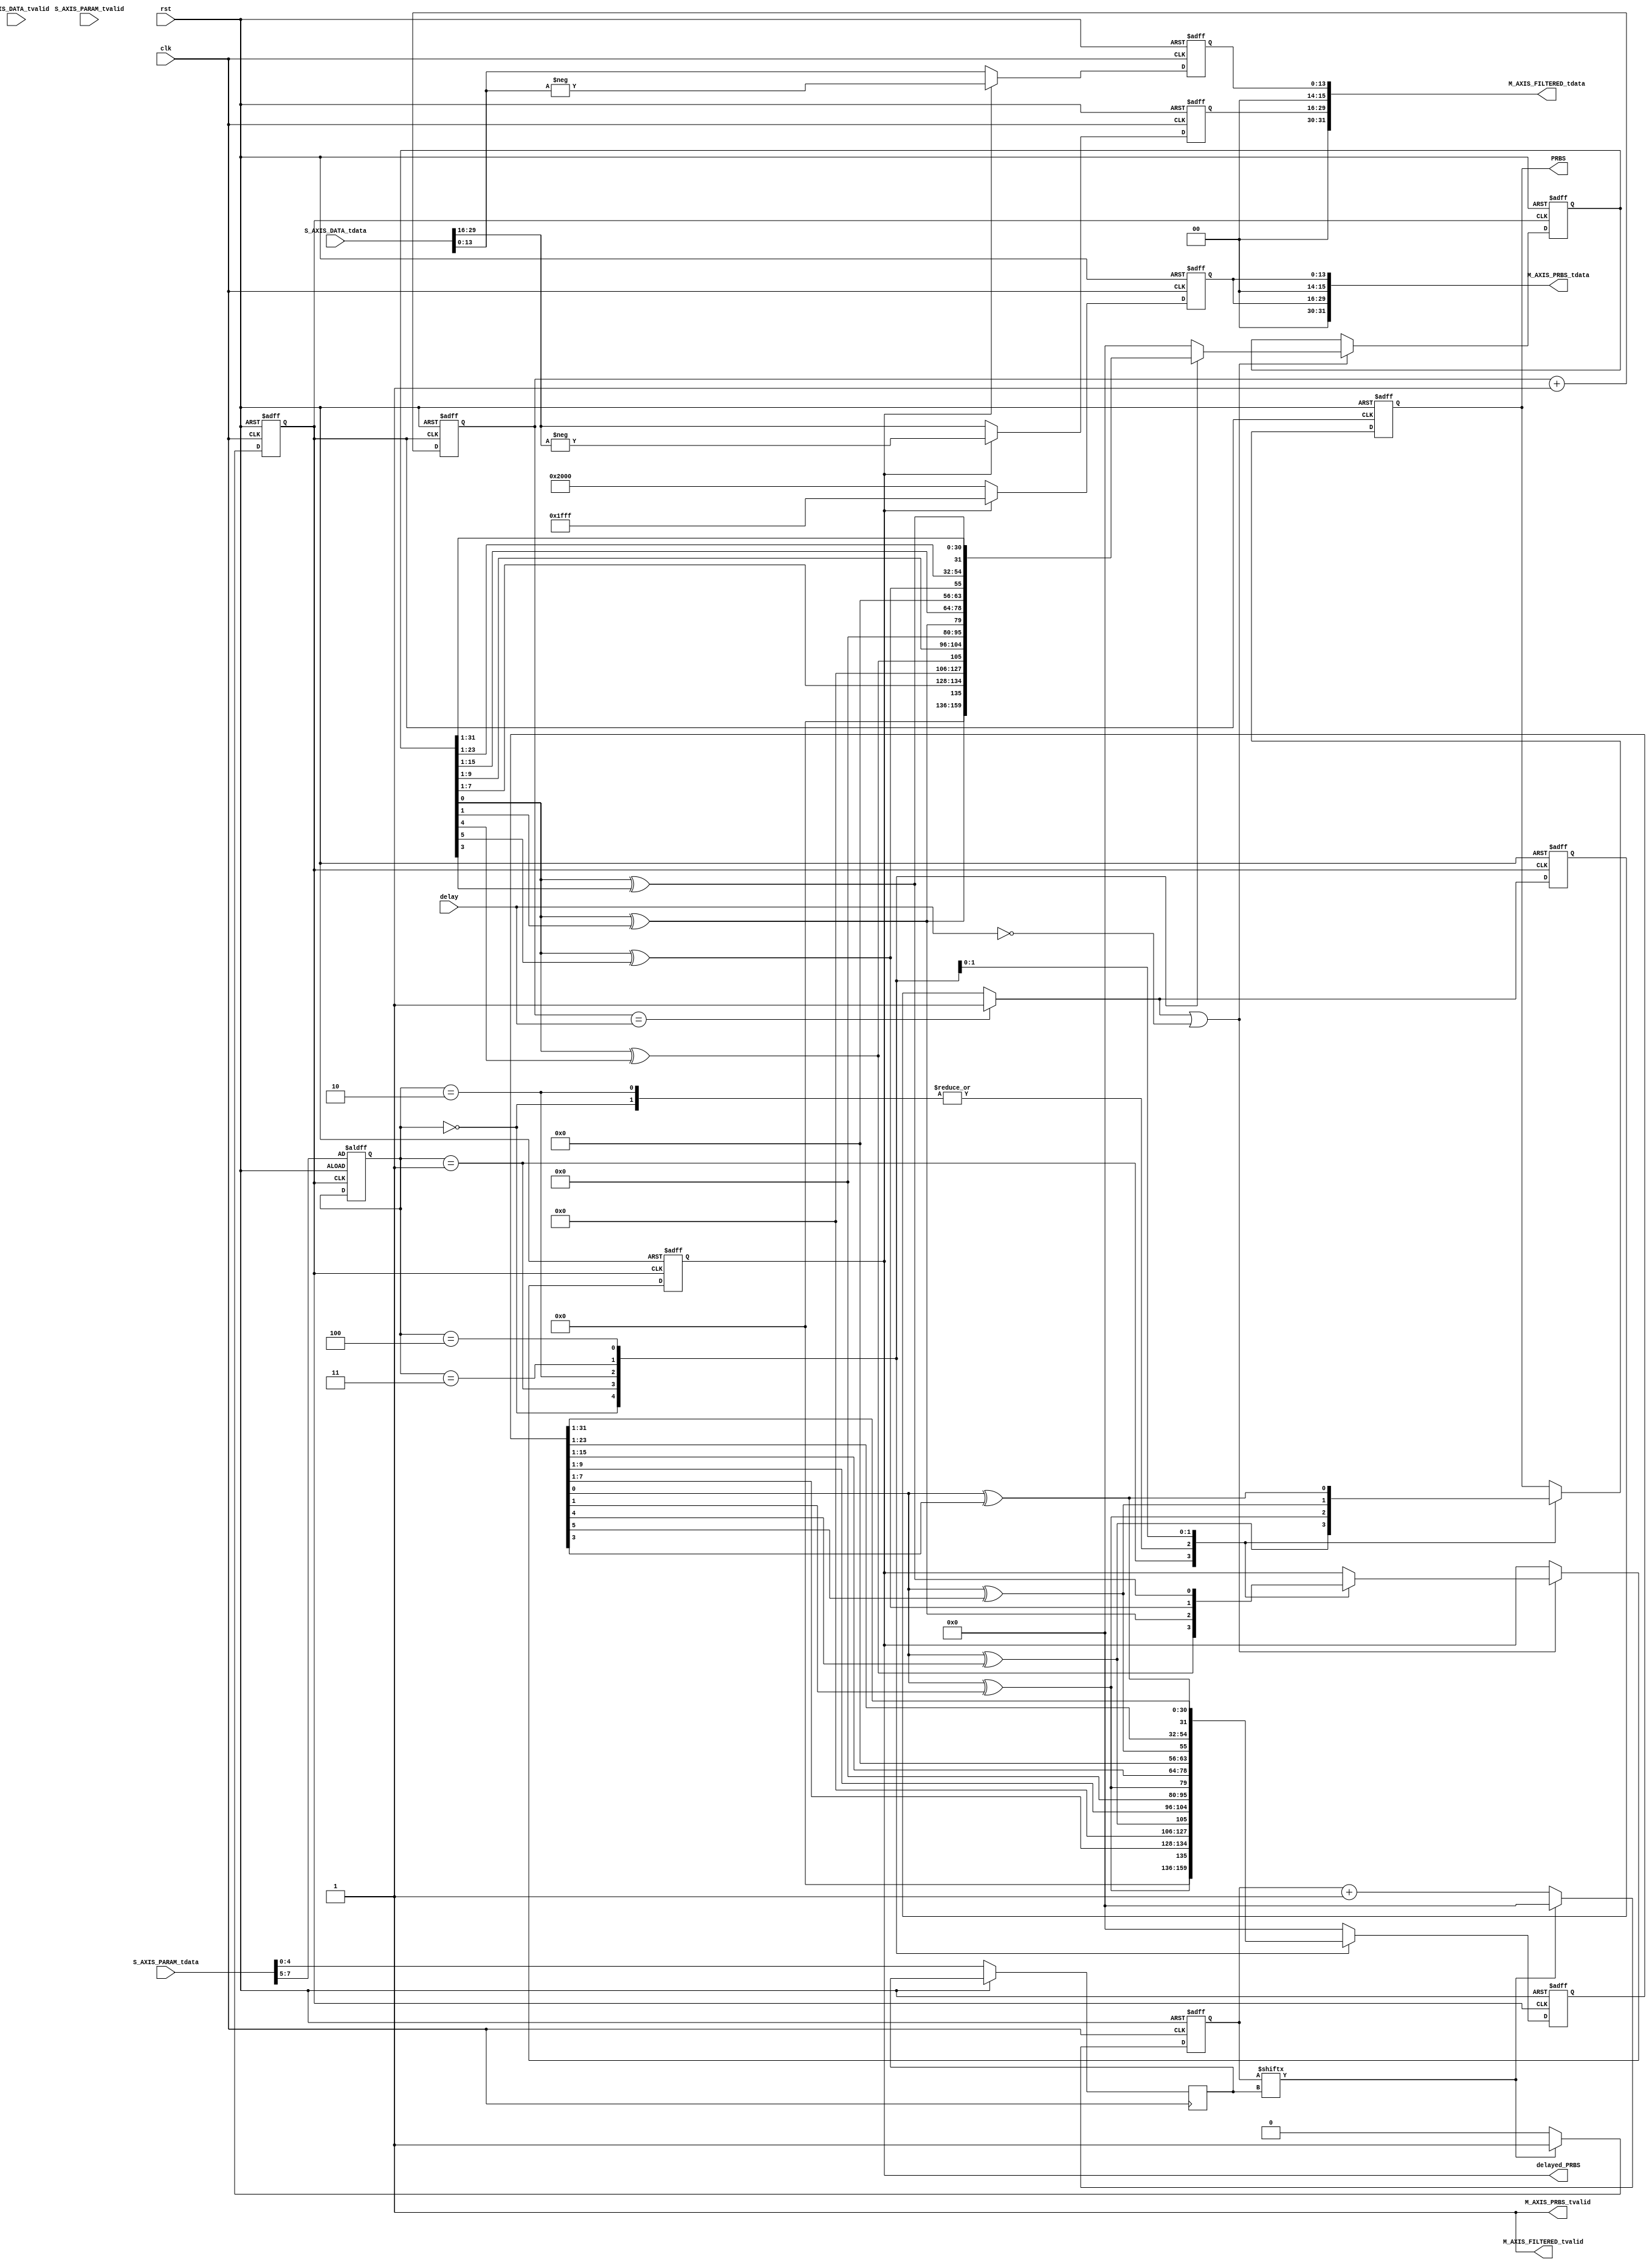
module PRBS_test#
(parameter AXIS_TDATA_WIDTH = 32,
parameter filter_en = 1)

(input clk, input rst, input [31:0] delay,
output PRBS, output delayed_PRBS, 
(* X_INTERFACE_PARAMETER = "FREQ_HZ 125000000" *)
input [AXIS_TDATA_WIDTH-1:0]        S_AXIS_PARAM_tdata,
input                               S_AXIS_PARAM_tvalid,
(* X_INTERFACE_PARAMETER = "FREQ_HZ 125000000" *)
input [AXIS_TDATA_WIDTH-1:0]        S_AXIS_DATA_tdata,
input                               S_AXIS_DATA_tvalid,
(* X_INTERFACE_PARAMETER = "FREQ_HZ 125000000" *)
output wire [AXIS_TDATA_WIDTH-1:0]  M_AXIS_PRBS_tdata,
output wire                         M_AXIS_PRBS_tvalid,
(* X_INTERFACE_PARAMETER = "FREQ_HZ 125000000" *)
output wire [AXIS_TDATA_WIDTH-1:0]  M_AXIS_FILTERED_tdata,
output wire                         M_AXIS_FILTERED_tvalid);

reg[31:0] q;
reg[31:0] q_del;
reg result;
reg delayed_result;
reg [2:0] sel;
reg [31:0] cnt = 0;
reg [13:0] PRBS_DAC;
reg [4:0] DS;

reg d_clk;
wire reduced_clk; //This is the effective temp clock
assign reduced_clk =  d_clk;
assign red_clk = reduced_clk;
assign PRBS = result;
assign delayed_PRBS = delayed_result;
assign M_AXIS_PRBS_tdata = {2'b0, PRBS_DAC, 2'b0, PRBS_DAC};
assign M_AXIS_PRBS_tvalid = 1'b1;

always @(posedge clk or posedge rst) begin
    if(rst) begin
        cnt <= 32'd0;
        d_clk <= 1'b0;
    end
    else begin 
        cnt <= cnt + 1;
        DS <= S_AXIS_PARAM_tdata[4:0];
        if(cnt[DS] == 1'b1) begin
             $display("test");
            cnt <= 32'd0;
            d_clk <= 1'b1;
        end
        else d_clk <= 1'b0;
    end
end 

always @ (posedge clk or posedge rst) begin
    if(rst) PRBS_DAC <= 0;
    else begin
        if(delayed_result) PRBS_DAC <= 14'b01111111111111;
        else PRBS_DAC <= 14'b10000000000000;
    end
end

always @ (posedge reduced_clk or posedge rst) begin
	$display("reduced clock");
	if(rst) begin 
	   q <= 32'd1;
	   result <= 0;
	   sel <= S_AXIS_PARAM_tdata[7:5]; //In IP creation map options to PRBS-k
	   end
	else
	begin
	   //result = q[0] ^ q[1]; //PRBS7
       //q = {result,q[6:1]};
	   //See if <= works better than =
	   
	   case(sel)
	       3'b000 : begin 
	           result = q[0] ^ q[1]; //PRBS7
	           q = {result,q[7:1]};
	           end
	       3'b001 : begin 
	           result = q[0] ^ q[4]; //PRBS9
	           q = {result,q[9:1]};
	           end
	       3'b010 : begin 
	           result = q[0] ^ q[1]; //PRBS15
	           q = {result,q[15:1]};
	           end
	       3'b011 : begin 
	           result = q[0] ^ q[5]; //PRBS23
	           q = {result,q[23:1]};
	           end
	       3'b100 : begin 
	           result = q[0] ^ q[3]; //PRBS31
		       q = {result,q[31:1]};
		       end
		   default : q=0;
		endcase
	end
end

reg [31:0] del_count;
reg start;

always @ (posedge reduced_clk or posedge rst) begin
    if(rst) begin
        q_del <= 32'd1;
        delayed_result <= 0;
        del_count <= 0;
        start <= 1'b0;
    end
    else begin
        if(del_count == delay) start = 1'b1;
        del_count = del_count + 1;
        if(start||delay==32'd0) begin
            case(sel)
	       3'b000 : begin 
	           delayed_result = q_del[0] ^ q_del[1]; //PRBS7
	           q_del = {delayed_result,q_del[7:1]};
	           end
	       3'b001 : begin 
	           delayed_result = q_del[0] ^ q_del[4]; //PRBS9
	           q_del = {delayed_result,q_del[9:1]};
	           end
	       3'b010 : begin 
	           delayed_result = q_del[0] ^ q_del[1]; //PRBS15
	           q_del = {delayed_result,q_del[15:1]};
	           end
	       3'b011 : begin 
	           delayed_result = q_del[0] ^ q_del[5]; //PRBS23
	           q_del = {delayed_result,q_del[23:1]};
	           end
	       3'b100 : begin 
	           delayed_result = q_del[0] ^ q_del[3]; //PRBS31
		       q_del = {delayed_result,q_del[31:1]};
		       end
		   default : q_del=0;
		endcase
        end
    end
end

generate
if(filter_en) begin
    reg signed [13:0] UP;
    reg signed [13:0] LOW;
    
    
    //assign M_AXIS_FILTERED_tdata = filtered_data;
    
    assign M_AXIS_FILTERED_tdata = {2'b0, UP, 2'b0, LOW};
    assign M_AXIS_FILTERED_tvalid = 1'b1;
    
    always @ (posedge clk or posedge rst) begin
            if(rst) begin
                UP <= 0;
                LOW <= 0;
            end
            else begin  
                if(!delayed_PRBS) begin
                    UP <= S_AXIS_DATA_tdata[29:16];
                    LOW <= S_AXIS_DATA_tdata[13:0];
                end
                else begin
                   UP <= -S_AXIS_DATA_tdata[29:16];
                   LOW <= -S_AXIS_DATA_tdata[13:0]; 
                end
            end
        end
    end
endgenerate

endmodule